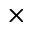
\times